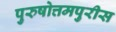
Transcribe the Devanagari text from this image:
पुरुषोत्तमपुरीस